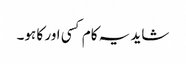
شاید یہ کام کسی اور کا ہو۔